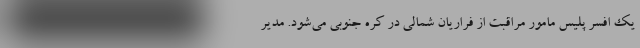
یک افسر پلیس مامور مراقبت از فراریان شمالی در کره جنوبی می‌شود. مدیر